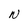
Character: N